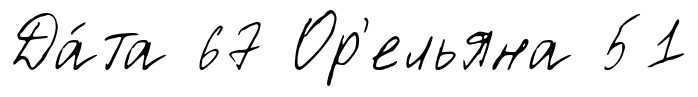
Да́та 67 Ор'ельяна 51